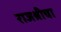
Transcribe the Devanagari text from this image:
राजश्रीचा